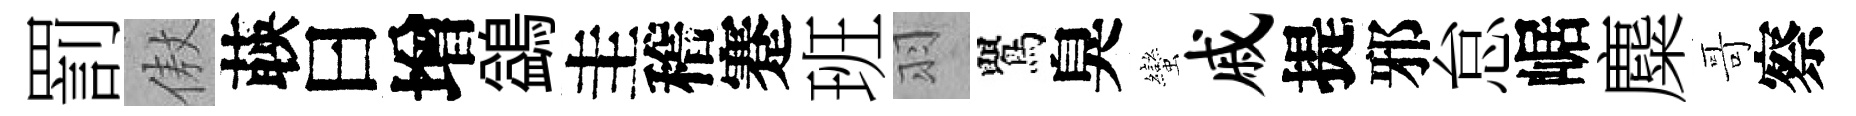
罰傲𦴤曰增鷁圭稽蹇班羽鸎臭蠻戚提邪怠崌麋哥察